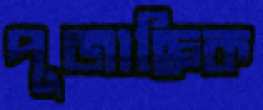
পূজাহ্নিক